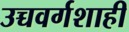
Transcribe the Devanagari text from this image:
उच्चवर्गशाही